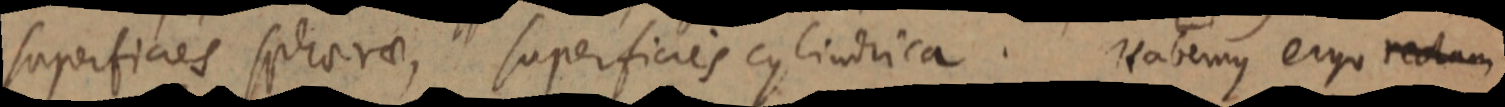
superficies sphaerae, superficies cylindrica. Habemus ergo rectam